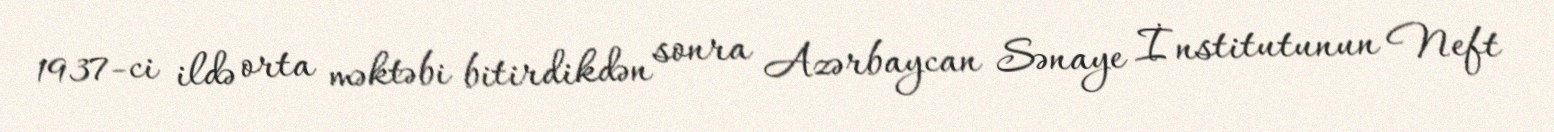
1937-ci ildə orta məktəbi bitirdikdən sonra Azərbaycan Sənaye İnstitutunun Neft